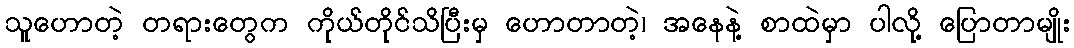
သူဟောတဲ့ တရားတွေက ကိုယ်တိုင်သိပြီးမှ ဟောတာတဲ့၊ အနေနဲ့ စာထဲမှာ ပါလို့ ပြောတာမျိုး